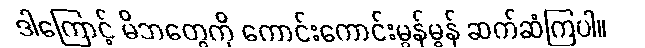
ဒါကြောင့် မိဘတွေကို ကောင်းကောင်းမွန်မွန် ဆက်ဆံကြပါ။